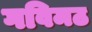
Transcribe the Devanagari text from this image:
गविमठ